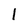
Character: l